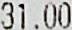
31.00